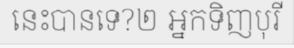
នេះបានទេ?២ អ្នកទិញបុរី